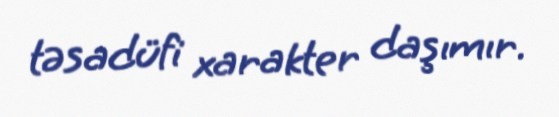
təsadüfi xarakter daşımır.